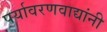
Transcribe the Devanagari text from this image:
पर्यावरणवाद्यांनी